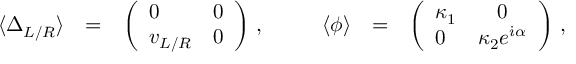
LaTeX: \begin{array} { l c l c l c l } { { \langle \Delta _ { L / R } \rangle } } & { { = } } & { { \left( \begin{array} { l l } { { 0 } } & { { 0 } } \\ { { v _ { L / R } } } & { { 0 } } \end{array} \right) \, , } } & { { \; \; \; } } & { { \langle \phi \rangle } } & { { = } } & { { \left( \begin{array} { l c } { { \kappa _ { 1 } } } & { { 0 } } \\ { { 0 } } & { { \kappa _ { 2 } e ^ { \dot { \imath } \alpha } } } \end{array} \right) \, , } } \end{array}